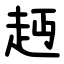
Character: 䞛